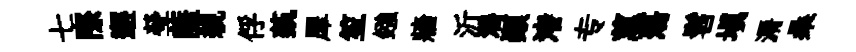
七際邂瑩薩親俘蓺犀笙鏹牆沂灂顚渚专蕙蕩髫填漘桑